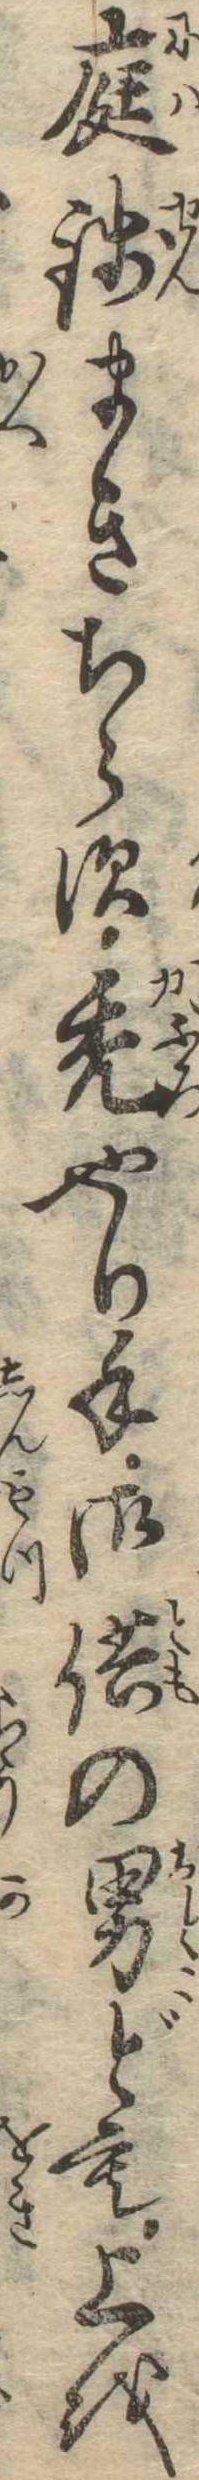
庭銭まきちらす禿やり手御供の男ども上を